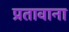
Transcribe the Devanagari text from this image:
प्रतावाना